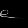
Digit: ၉